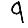
Digit: 9